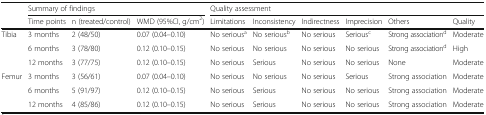
<table><thead><tr><td rowspan="2"></td><td colspan="3"><b>Summary of findings</b></td><td colspan="6"><b>Quality assessment</b></td></tr><tr><td><b>Time points</b></td><td><b>n (treated/control)</b></td><td><b>WMD (95%CI, g/cm<sup>2</sup>)</b></td><td><b>Limitations</b></td><td><b>Inconsistency</b></td><td><b>Indirectness</b></td><td><b>Imprecision</b></td><td><b>Others</b></td><td><b>Quality</b></td></tr></thead><tbody><tr><td rowspan="3">Tibia</td><td>3 months</td><td>2 (48/50)</td><td>0.07 (0.04–0.10)</td><td>No serious<sup>a</sup></td><td>No serious<sup>b</sup></td><td>No serious</td><td>Serious<sup>c</sup></td><td>Strong association<sup>d</sup></td><td>Moderate</td></tr><tr><td>6 months</td><td>3 (78/80)</td><td>0.12 (0.10–0.15)</td><td>No serious</td><td>No serious</td><td>No serious</td><td>No serious</td><td>Strong association<sup>d</sup></td><td>High</td></tr><tr><td>12 months</td><td>3 (77/75)</td><td>0.12 (0.10–0.15)</td><td>No serious</td><td>Serious</td><td>No serious</td><td>No serious</td><td>None</td><td>Moderate</td></tr><tr><td rowspan="3">Femur</td><td>3 months</td><td>3 (56/61)</td><td>0.07 (0.04–0.10)</td><td>No serious</td><td>No serious</td><td>No serious</td><td>Serious</td><td>Strong association</td><td>Moderate</td></tr><tr><td>6 months</td><td>5 (91/97)</td><td>0.12 (0.10–0.15)</td><td>No serious</td><td>Serious</td><td>No serious</td><td>No serious</td><td>Strong association</td><td>Moderate</td></tr><tr><td>12 months</td><td>4 (85/86)</td><td>0.12 (0.10–0.15)</td><td>No serious</td><td>Serious</td><td>No serious</td><td>No serious</td><td>Strong association</td><td>Moderate</td></tr></tbody></table>